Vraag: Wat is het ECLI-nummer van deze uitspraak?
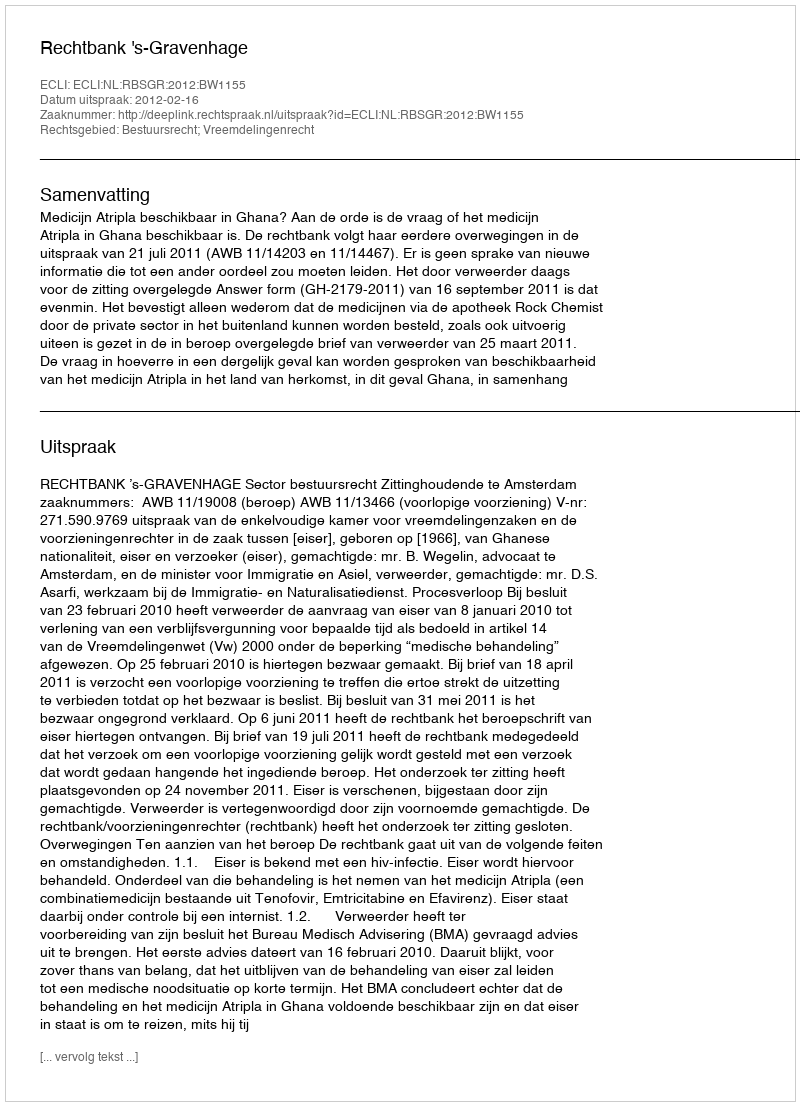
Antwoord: ECLI:NL:RBSGR:2012:BW1155